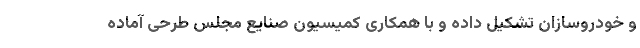
و خودروسازان تشکیل داده و با همکاری کمیسیون صنایع مجلس طرحی آماده